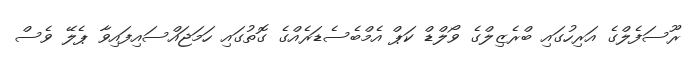
ރޫސަފެލްގެ އަރިހުގައި ބްރެޒިލްގެ ވޯލްޑް ކަޕް އެމްބެސެޑަރެއްގެ ގޮތުގައި ހަމަޖައްސައިފައިވާ ޕެލޭ ވެސް